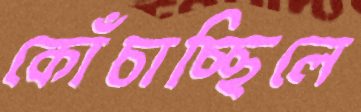
কোঁচাচ্ছিলে